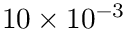
1 0 \times 1 0 ^ { - 3 }